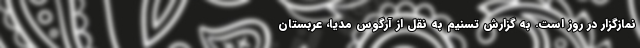
نمازگزار در روز است. به گزارش تسنیم به نقل از آرگوس مدیا، عربستان